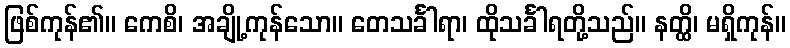
ဖြစ်ကုန်၏။ ကေစိ၊ အချို့ကုန်သော။ တေသင်္ခါရာ၊ ထိုသင်္ခါရတို့သည်။ နတ္ထိ၊ မရှိကုန်။